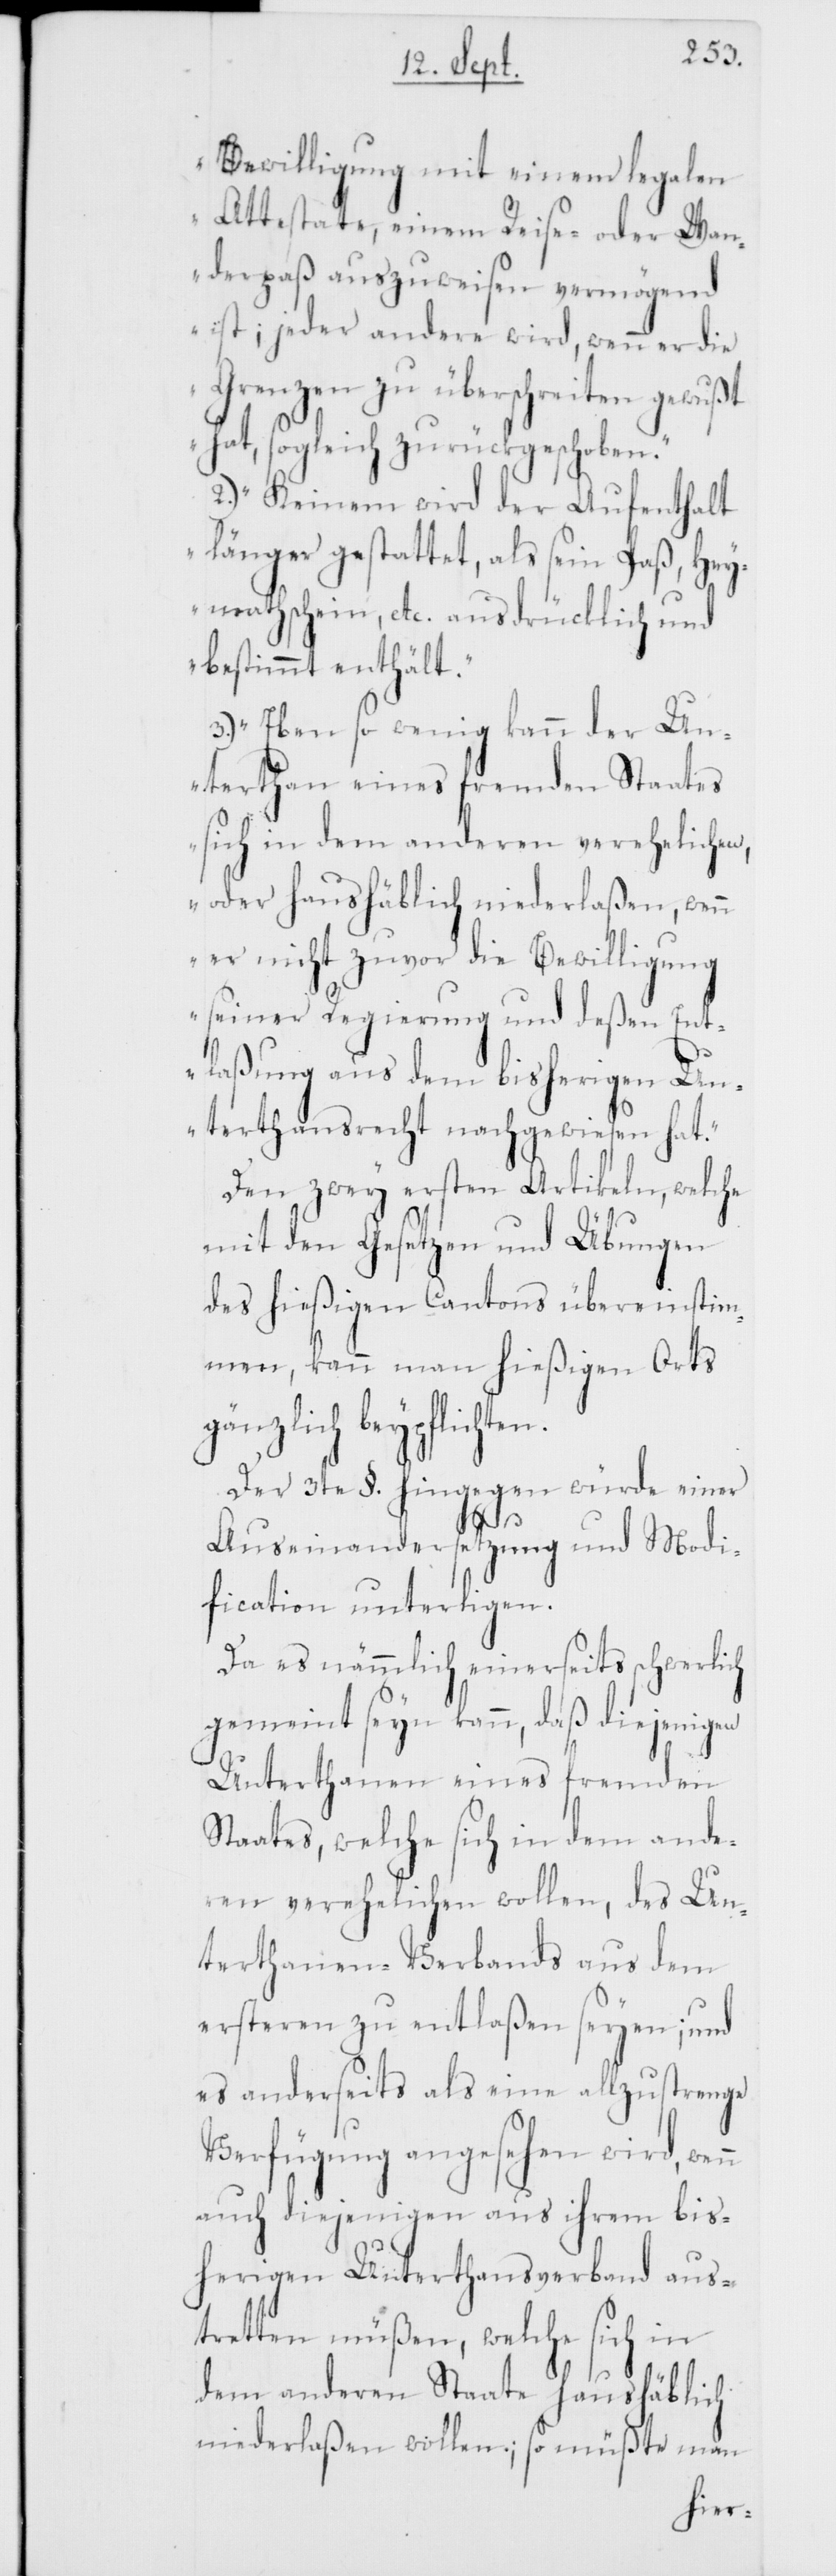
Bewilligung mit einem legalen
Attestate, einem Reise- oder Wan¬
derpaß auszuweisen vermögend
ist; jeder andere wird, wenn er die
Grenzen zu überschreiten gewußt
hat, sogleich zurückgeschoben.“
2.) „Keinem wird der Aufenthalt
länger gestattet, als sein Paß, Hey¬
mathschein, etc. ausdücklich und
bestimmt enthält.“
3.) „Eben so wenig kann der Un¬
terthan eines fremden Staates
sich in dem anderen verehelichen,
oder haushäblich niederlaßen, wen¬
n er nicht zuvor die Bewilligung
seiner Regierung und deßen Ent¬
laßung aus dem bisherigen Un¬
terthansrecht nachgewiesen hat.“
Den zwey ersten Artikeln, welche
mit den Gesetzen und Übungen
des hießigen Cantons übereinstim¬
men, kann man hießigen Orts
gänzlich beypflichte¬
Der 3te §. hingegen würde einer
n.
Auseinandersetzung und Modi¬
fication unterliegen.
Da es nämmlich einerseits schwerlich
gemeint seyn kann, daß diejenigen
Unterthanen eines fremden
Staates, welche sich in dem ande¬
ren verehelichen wollen, des Un¬
terthanen-Verbands aus dem
ersteren zu entlaßen seyen; und
es anderseits als eine allzustrenge
Verfügung angesehen wird,
auch diejenigen aus ihrem bis¬
herigen Unterthansverband aus¬
tretten müßen, welche sich in
dem anderen Staate haushäblich
niederlaßen wollen; so müßte man